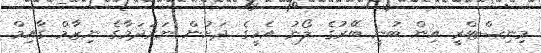
މިނިސްޓްރީ އިން ބުނީ ބޭރުގެ ލޯނު އެހީގެ ދަށުން ނަރުދަމާގެ ނިޒާމް ގާއިމް